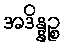
အဒိန္နဉ္စ